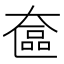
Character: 奩